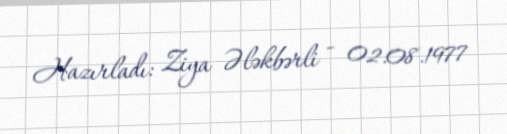
Hazırladı: Ziya Ələkbərli - 02.08.1977